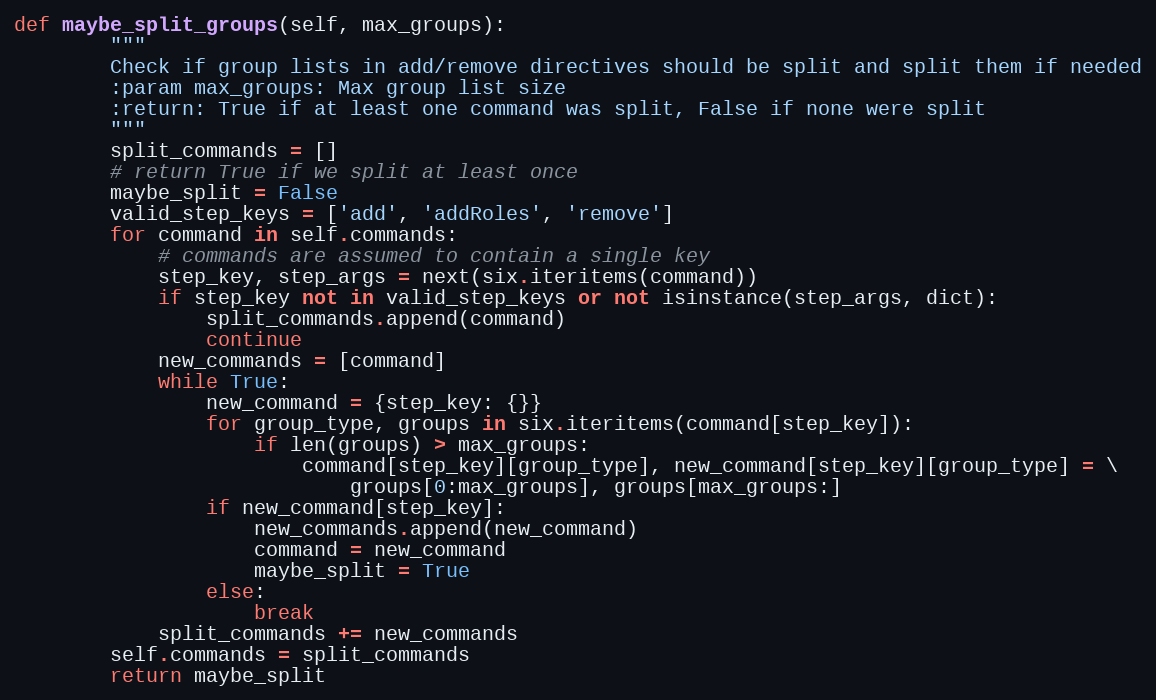
Language: Python
def maybe_split_groups(self, max_groups):
        """
        Check if group lists in add/remove directives should be split and split them if needed
        :param max_groups: Max group list size
        :return: True if at least one command was split, False if none were split
        """
        split_commands = []
        # return True if we split at least once
        maybe_split = False
        valid_step_keys = ['add', 'addRoles', 'remove']
        for command in self.commands:
            # commands are assumed to contain a single key
            step_key, step_args = next(six.iteritems(command))
            if step_key not in valid_step_keys or not isinstance(step_args, dict):
                split_commands.append(command)
                continue
            new_commands = [command]
            while True:
                new_command = {step_key: {}}
                for group_type, groups in six.iteritems(command[step_key]):
                    if len(groups) > max_groups:
                        command[step_key][group_type], new_command[step_key][group_type] = \
                            groups[0:max_groups], groups[max_groups:]
                if new_command[step_key]:
                    new_commands.append(new_command)
                    command = new_command
                    maybe_split = True
                else:
                    break
            split_commands += new_commands
        self.commands = split_commands
        return maybe_split